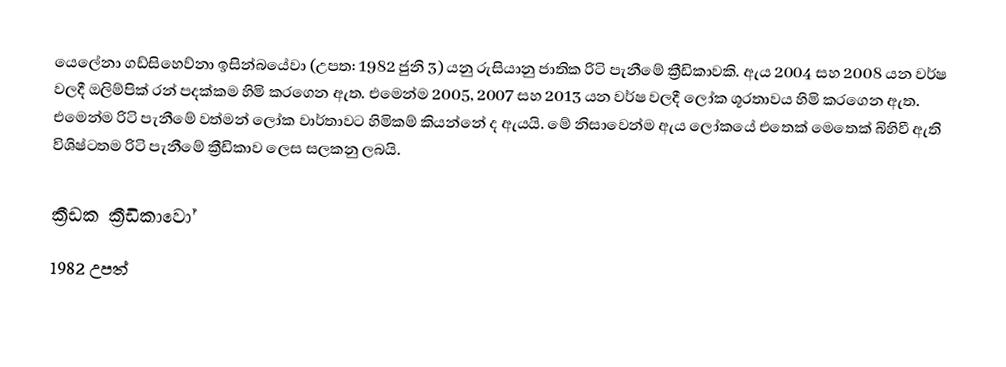
යෙලේනා ගඩ්සිහෙව්නා ඉසින්බයේවා (උපත: 1982 ජුනි 3) යනු රුසියානු ජාතික  රිටි පැනීමේ ක්‍රීඩිකාවකි. ඇය 2004 සහ 2008 යන වර්ෂ වලදී ඔලිම්පික් රන් පදක්කම හිමි කරගෙන ඇත. එමෙන්ම 2005, 2007 සහ 2013 යන වර්ෂ වලදී ලෝක ශූරතාවය හිමි කරගෙන ඇත. එමෙන්ම රිටි පැනීමේ වත්මන් ලෝක වාර්තාවට හිමිකම් කියන්නේ ද ඇයයි. මේ නිසාවෙන්ම ඇය ලෝකයේ එතෙක් මෙතෙක් බිහිවී ඇති විශිෂ්ටතම රිටි පැනීමේ ක්‍රීඩිකාව ලෙස සලකනු ලබයි.

ක්‍රීඩක ක්‍රීඩිකාවෝ
1982 උපත්